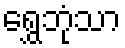
ရွှေဘုံသာ